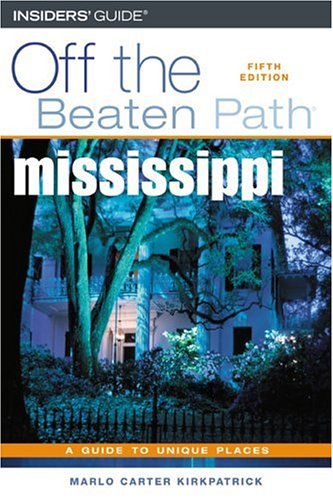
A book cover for Mississippi Off the Beaten Path, 5th (Off the Beaten Path Series); Marlo Carter Kirkpatrick; Travel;